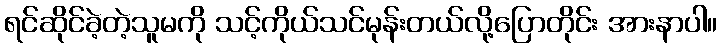
ရင်ဆိုင်ခဲ့တဲ့သူမကို သင့်ကိုယ်သင်မုန်းတယ်လို့ပြောတိုင်း အားနာပါ။